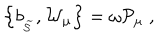
\left\{ b _ { _ { \widetilde { \mathcal { S } } } } , \mathcal { W } _ { \mu } \right\} = \omega \mathcal { P } _ { \mu } \; ,